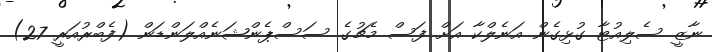
ނާޒީ ސެލިއުޓާ ގުޅިގެން އަނެލްކާ އަށް ފަސް މެޗުގެ ސަސްޕެންޝަނެއްލަންޑަން (ފެބްރުއަރީ 27)